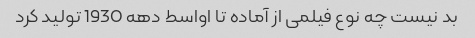
بد نیست چه نوع فیلمی از آماده تا اواسط دهه 1930 تولید کرد